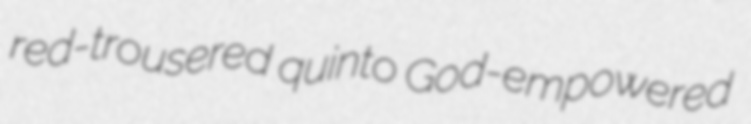
red-trousered quinto God-empowered